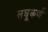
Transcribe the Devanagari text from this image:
लघूकर्ण